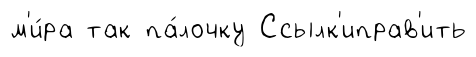
м'и́ра так па́лочку Ссылк'иправ'ить